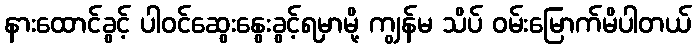
နားထောင်ခွင့် ပါဝင်ဆွေးနွေးခွင့်ရမှာမို့ ကျွန်မ သိပ် ဝမ်းမြောက်မိပါတယ်